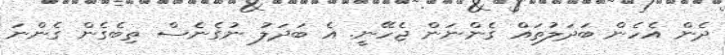
ދެން އެހެން ބަދަލުތައް ގެންނަން ޖެހޭނީ. އެ ބަދަލު ނުގެނެސް ތިބެގެން ގެންނަ